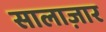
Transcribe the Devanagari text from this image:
सालाज़ार